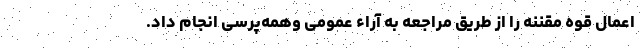
اِعمال قوه مقننه را از طریق مراجعه به آراء عمومی وهمه‌پرسی انجام داد.